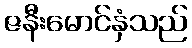
ဇနီးမောင်နှံသည်